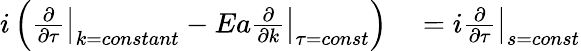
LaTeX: \begin{array}{rl}{i\left(\left.\frac{\partial}{\partial\tau}\right|_{k=constant}-Ea\left.\frac{\partial}{\partial k}\right|_{\tau=const}\right)}&{{}=i\left.\frac{\partial}{\partial\tau}\right|_{s=const}}\end{array}